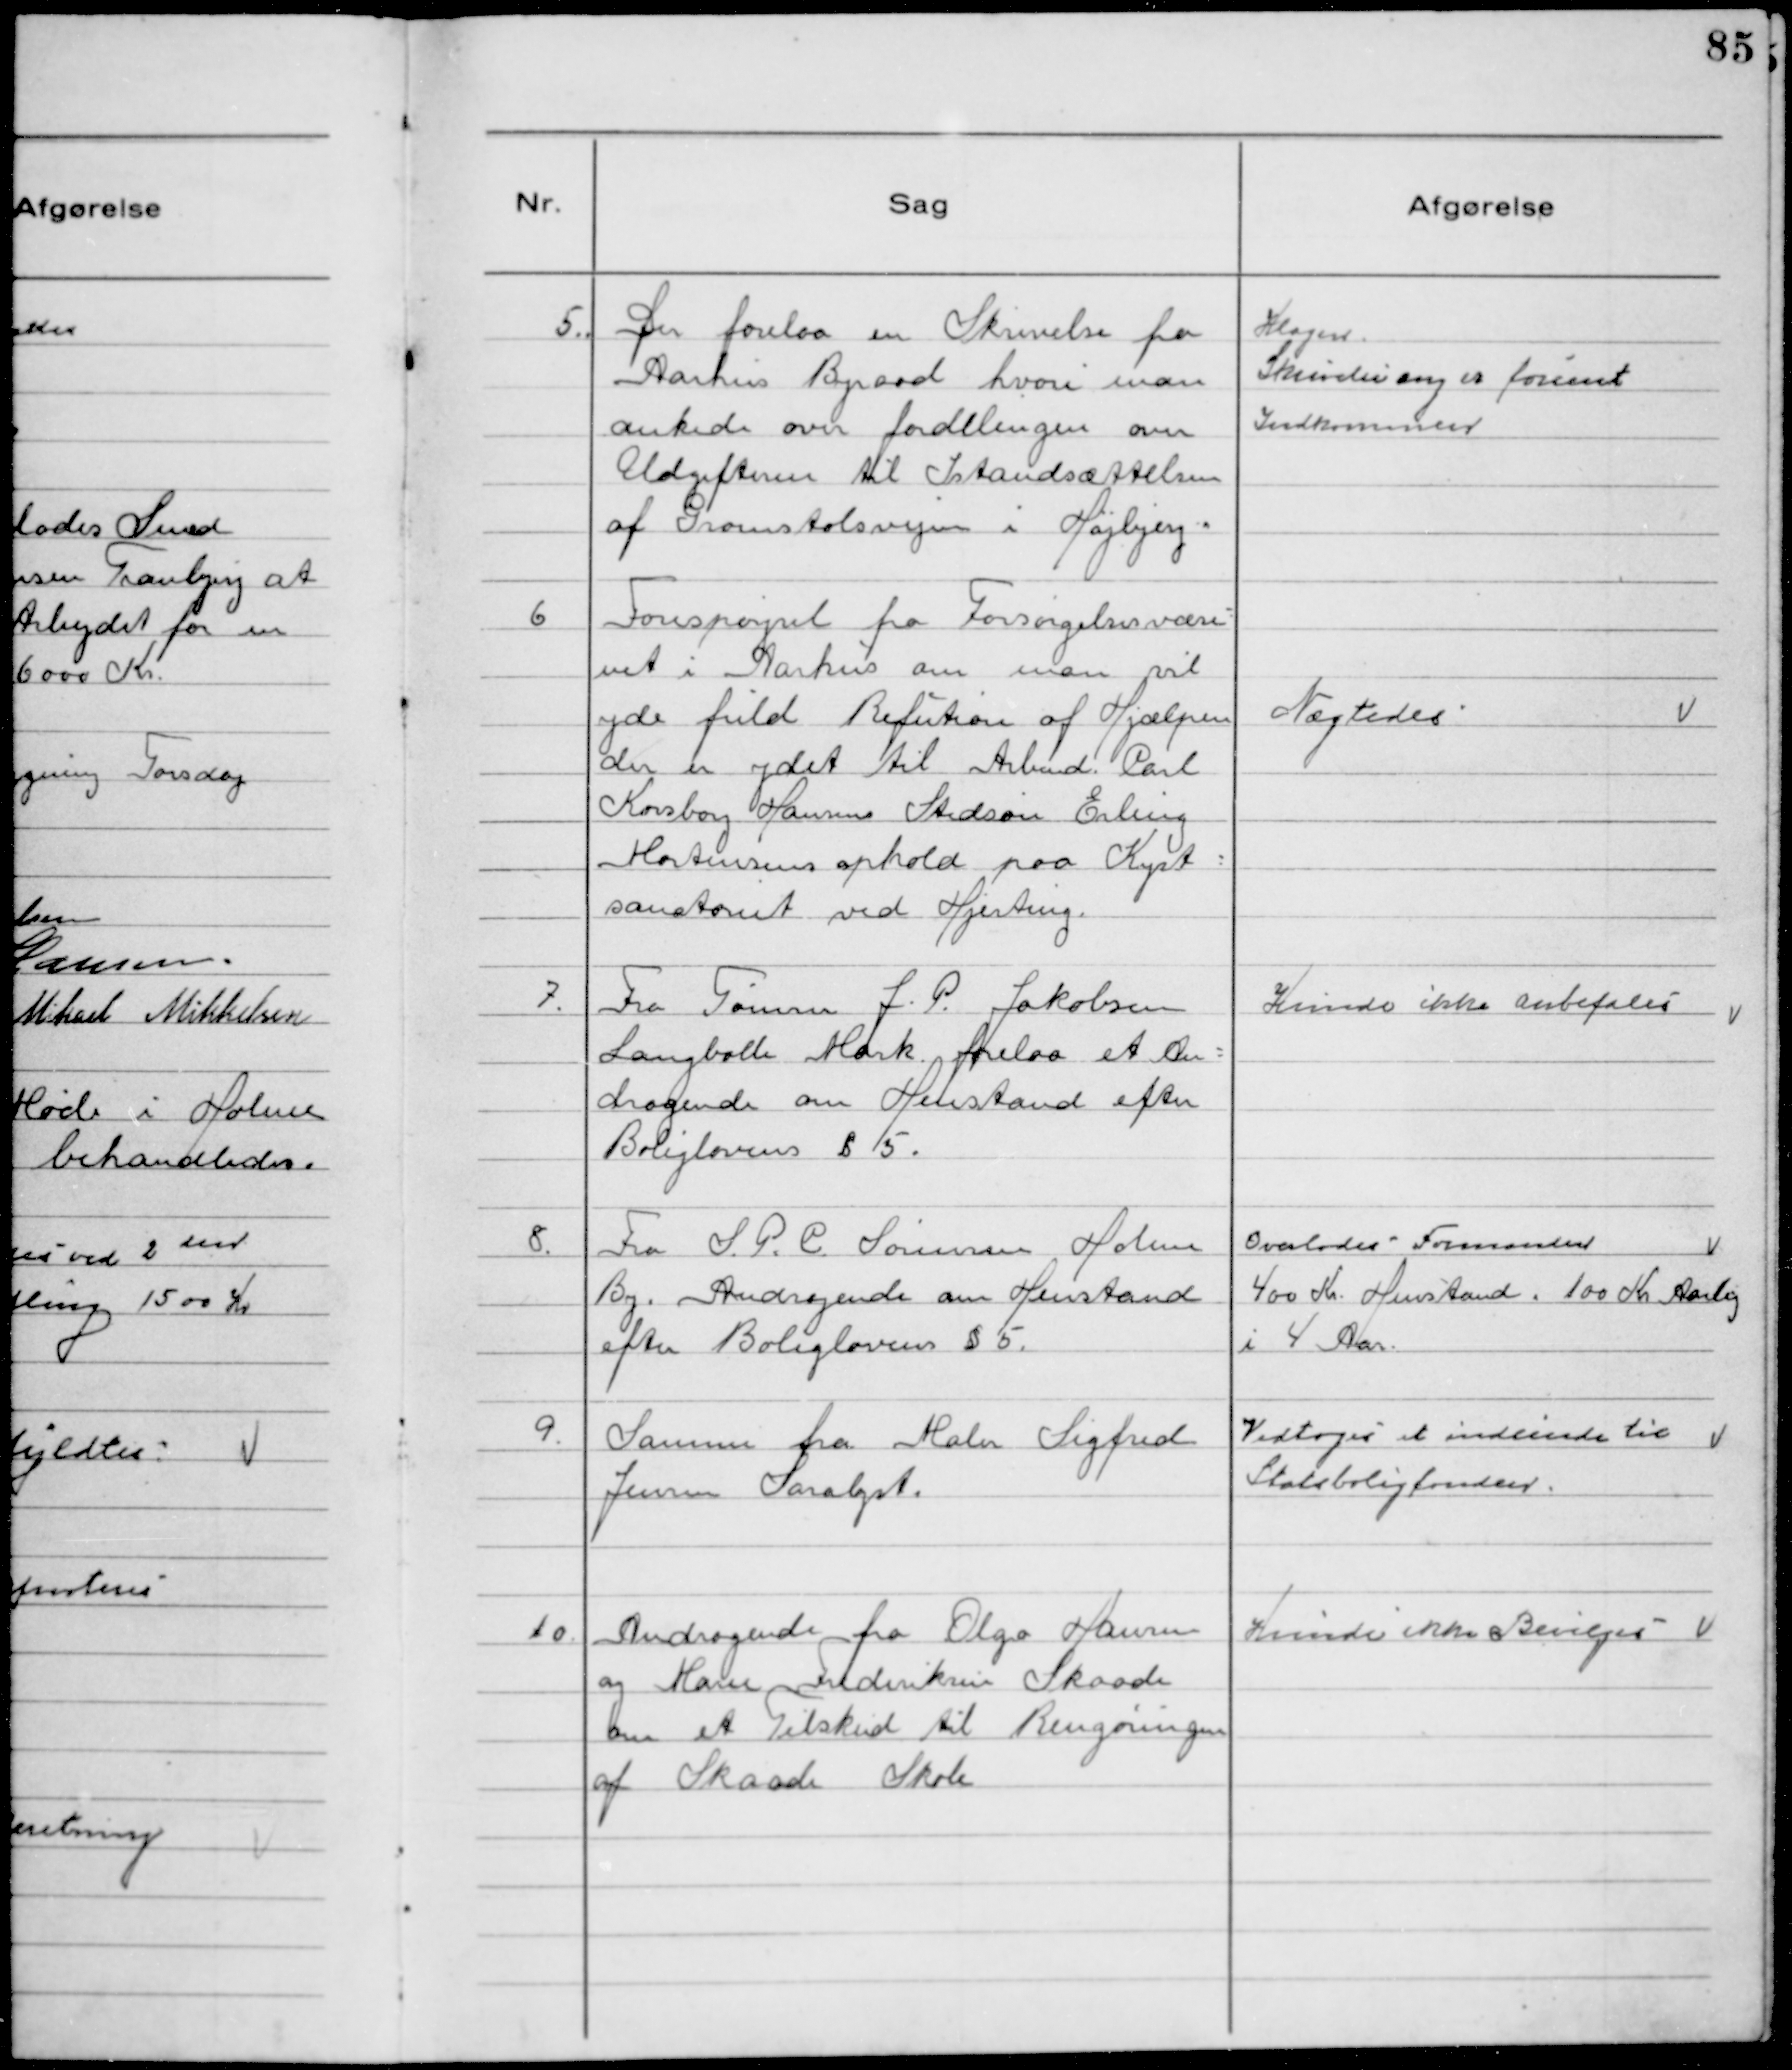
Transskription:
5. Der forelaa en Skrivelse fra
Aarhus Byraad hvori man
ankede over fordelingen over
Udgifterne til Istandsættelsen
af Gromstolsvejen i Højbjerg.

Klagen
Skrivelse ang er forsent
Indkommen

6 Forespørgsel fra Forsørgelsesvæse
net i Aarhus om man vil
yde fuld Refution af Hjælpen
der er ydet til Arbmd. Carl
Korsborg Hansens Stedsøn Erling
Martinsens ophold paa Kyst-
sanatoriet ved Hjerting.

Nægtedes

7. Fra Tømrer J.P. Jakobsen
Langbølle Mark forelaa et An-
dragende om Henstand efter
Boliglovens § 5.

Kunde ikke anbefales

8. Fra S. P. C. Sørensen Holme
By. Andragende om Henstand
efter Boliglovens § 5.

Overlodes Formanden
400 Kr. Henstand. 100 Kr. Aarlig
i 4 Aar.

9. Samme fra Maler Sigfred
Jensen Saralyst.

Vedtoges at indsende til
Statsboligfonden.

10. Andragende fra Olga Hansen
og Marie Frederiksen Skaade
om et Tilskud til Rengøringen
af Skaade Skole

Kunde ikke Bevilges